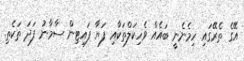
އޭގެ ތެރޭގައި ހިމެނެނީ ބައެއް ވެހިކަލްތަކާއި ފަޔާ ފައިޓިން ސާމާނު ފަދަ ތަކެތި.